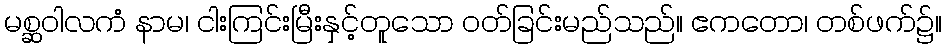
မစ္ဆဝါလကံ နာမ၊ ငါးကြင်းမြီးနှင့်တူသော ဝတ်ခြင်းမည်သည်။ ဧကတော၊ တစ်ဖက်၌။